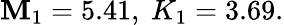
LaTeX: \mathbf{M}_{1}=5.41{\mathrm{{,~}}}K_{1}=3.69.